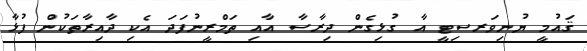
ޤައުމީ ޔުނިވަރސިޓީ އާ ގުޅިގެން ދިރާސާ އާއި ތަމްރީނުފަދަ އެކި ދާއިރާތަކުން ފުޅާ